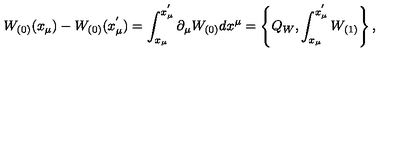
W _ { ( 0 ) } ( x _ { \mu } ) - W _ { ( 0 ) } ( x _ { \mu } ^ { ' } ) = \int _ { x _ { \mu } } ^ { x _ { \mu } ^ { ' } } \partial _ { \mu } W _ { ( 0 ) } d x ^ { \mu } = \left\{ Q _ { W } , \int _ { x _ { \mu } } ^ { x _ { \mu } ^ { ' } } W _ { ( 1 ) } \right\} ,